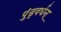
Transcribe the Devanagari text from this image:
पुंड्रवर्धन्